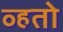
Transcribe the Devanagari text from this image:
व्हतो